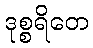
ဒုစ္စရိတေ